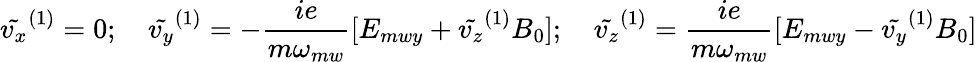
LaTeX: \tilde{v_{x}}^{(1)}=0;\quad\tilde{v_{y}}^{(1)}=-\frac{ie}{m\omega_{mw}}[E_{mwy}+\tilde{v_{z}}^{(1)}B_{0}];\quad\tilde{v_{z}}^{(1)}=\frac{ie}{m\omega_{mw}}[E_{mwy}-\tilde{v_{y}}^{(1)}B_{0}]